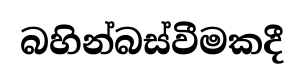
බහින්බස්වීමකදී